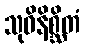
သုဝိနိစ္ဆိတံ